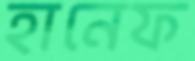
হানেফ